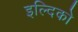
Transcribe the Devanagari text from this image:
इल्दिको